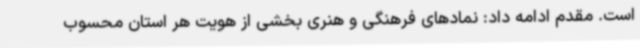
است. مقدم ادامه داد: نمادهای فرهنگی و هنری بخشی از هویت هر استان محسوب